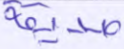
صديقة